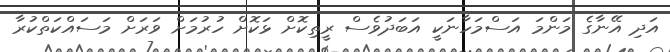
އަދި އޭނާގެ މަންމަ އަސްމަހާނަކީ އަބަދުވެސް ރީތިކޮށް ޅަކޮށް ހުރުމަށް ވަރަށް މަސައްކަތްކުރާ